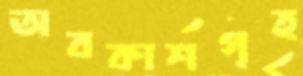
অবকাশগৃহ